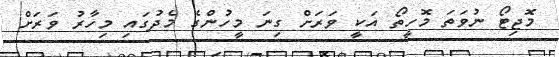
މޮޖިޓޯ ނުވަތަ މޮހީތޯ އަކީ ވަރަށް ގިނަ މީހުންގެ މެދުގައި މިހާރު ވަަރަށް